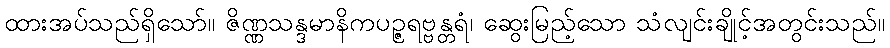
ထားအပ်သည်ရှိသော်။ ဇိဏ္ဏသန္ဒမာနိကပဉ္ဇရဗ္ဗန္တရံ၊ ဆွေးမြည့်သော သံလျင်းချိုင့်အတွင်းသည်။